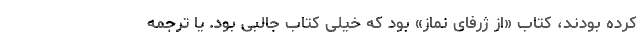
کرده بودند، کتاب «از ژرفای نماز» بود که خیلی کتاب جالبی بود. یا ترجمه